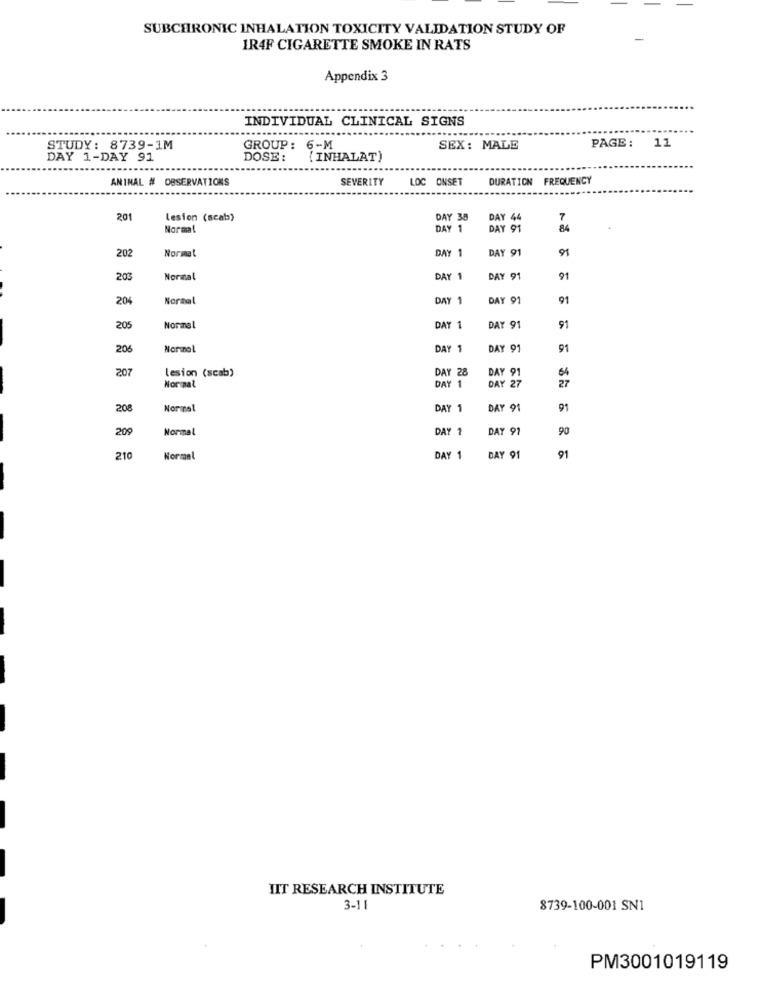
SUBCHRONIC INHALATION TOXICITY VALIDATION STUDY OF
IR4F CIGARETTE SMOKE IN RATS
Appendix 3
INDIVIDUAL CLINICAL SIGNS
PAGE :
11
STUDY: 8739-1M
GROUP: 6-M
SEX: MALE
DAY 1-DAY 91
DOSE:
(INHALAT)
ANINAL # OBSERVATIONS
SEVERITY
LOC ONSET
DURATION FREQUENCY
201
lesion (scat)
DAY 38
DAY 44
7
Normal
DAY 1
DAY 91
84
DAY 1
DAY 91
91
202
Normal
203
Normal
DAY 1
DAY 91
91
204
Normal
DAY 1
DAY 91
91
205
Normal
DAY 1
DAY 91
91
206
Normal
DAY 1
DAY 91
91
207
lesion (scab)
DAY 28
DAY 91
DAY 1
64
27
Normal
DAY 27
208
Normal
DAY 1
DAY 91
91
209
Normal
DAY 1
DAY 91
90
210
Normal
DAY 1
DAY 91
91
HIT RESEARCH INSTITUTE
3-11
8739-100-001 SN1
PM3001019119